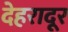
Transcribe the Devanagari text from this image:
देहरादूर